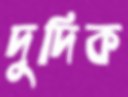
দুদিক